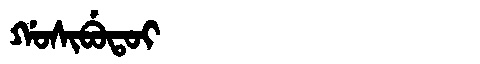
Manchu: ᡤᠣᠰᡳᠪᡠᡨᠣᡳ
Romanization: GOSIBUTOI